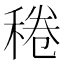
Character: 䅚